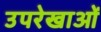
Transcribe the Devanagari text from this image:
उपरेखाओं